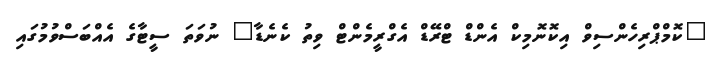
"ކޮމްޕްރިހެންސިވް އިކޮނޮމިކް އެންޑް ޓްރޭޑް އެގްރީމެންޓް ވިތު ކެނެޑާ" ނުވަތަ ސީޓާގެ އެއްބަސްވުމުގައި